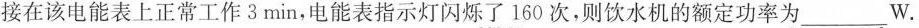
接在该电能表上正常工作3min，电能表指示灯闪烁了160次，则饮水机的额定功率为___W。